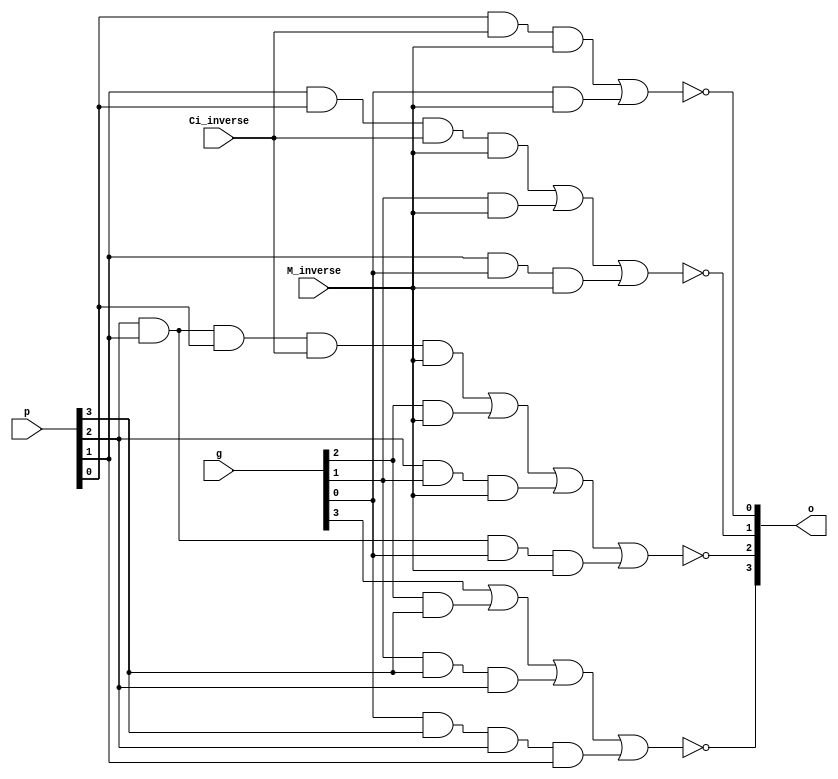
module Adder_SubModule_R2 (Ci_inverse,M_inverse,p,g,o);
  input Ci_inverse,M_inverse;
  input [3:0] p;
  input [3:0] g;
  output [3:0] o;

  wire w31,w32,w33;
  wire w21,w22,w23,w24;
  wire w11,w12,w13;
  wire w01,w02;

  assign w31 = g[2]&p[3];
  assign w32 = g[1]&p[3]&p[2];
  assign w33 = g[0]&p[3]&p[2]&p[1];

  assign w21 = p[2]&p[1]&p[0]&Ci_inverse&M_inverse;
  assign w22 = g[2]&M_inverse;
  assign w23 = p[2]&g[1]&M_inverse;
  assign w24 = p[2]&p[1]&g[0]&M_inverse;

  assign w11 = p[1]&p[0]&Ci_inverse&M_inverse;
  assign w12 = g[1]&M_inverse;
  assign w13 = p[1]&g[0]&M_inverse;

  assign w01 = p[0]&Ci_inverse&M_inverse;
  assign w02 = g[0]&M_inverse;

  assign o[3] = ~(g[3]|w31|w32|w33);
  assign o[2] = ~(w21|w22|w23|w24);
  assign o[1] = ~(w11|w12|w13);
  assign o[0] = ~(w01|w02);

endmodule